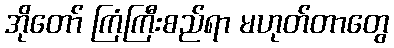
အိုတော် ကြံကြီးစည်ရာ မဟုတ်တာတွေ